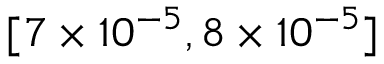
[ 7 \times 1 0 ^ { - 5 } , 8 \times 1 0 ^ { - 5 } ]